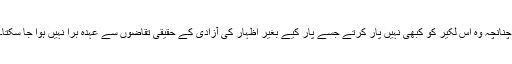
چنانچہ وہ اس لکیر کو کبھی نہیں پار کرتے جسے پار کیے بغیر اظہار کی آزادی کے حقیقی تقاضوں سے عہدہ برا نہیں ہوا جا سکتا۔